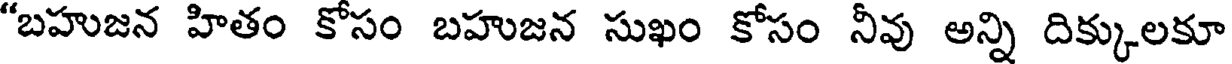
"బహుజన హితం కోసం బహుజన సుఖం కోసం నీవు అన్ని దిక్కులకూ